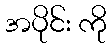
အပိုင်း ကို